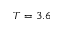
T = 3 . 6